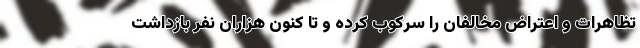
تظاهرات و اعتراض مخالفان را سرکوب کرده و تا کنون هزاران نفر بازداشت